Leaving Certificate Examination, 1918
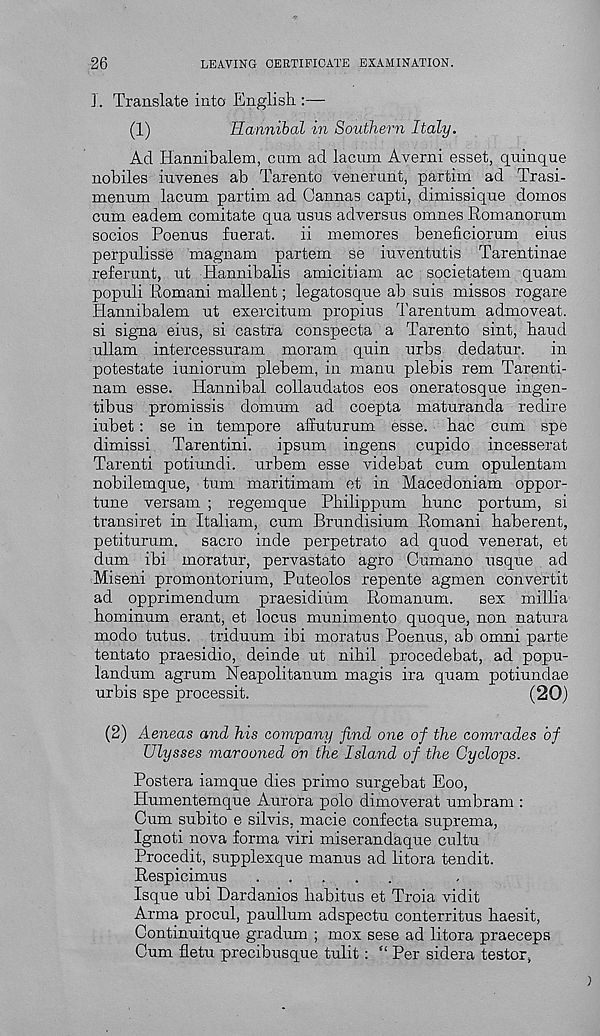
26
LEAVING CERTIFICATE EXAMINATION.
I. Translate into English :—
(1)
Hannibal in Southern Italy.
Ad Hannibalem, cum ad lacum Averni esset, quinque
nobiles invenes ab Tarento venerunt, partim ad Trasi-
mp.nnm lacum partim ad Gannas capti, dimissique domes
enm eadem comitate qua usus adversus omnes Romanorum
socios Poenus fuerat. ii memores beneficiorum eius
perpulisse magnam partem se iuventutis Tarentinae
referunt, ut Hannibalis amicitiam ac societatem quam
populi Romani mallent; legatosque ab suis missos rogare
Hannibalem ut exercitum propius Tarentum admoveat.
si signa eius, si castra conspecta a Tarento sint, hand
ullam intercessuram moram quin urbs dedatur. in
potestate iuniorum plebem, in manu plebis rem Tarenti-
nam esse. Hannibal collaudatos eos oneratosque ingen-
tibus promissis domum ad coepta maturanda redire
iubet: se in tempore affuturum esse, hac cum spe
dimissi Tarentini. ipsum ingens cupido incesserat
Tarenti potiundi. urbem esse videbat cum opulentam
nobilemque, turn maritimam et in Maced oniam oppor-
tune versam ; regemque Philippum hunc portum, si
transiret in Italiam, cum Brundisium Romani haberent,
petiturum. sacro inde perpetrate ad quod venerat, et
dum ibi moratur, pervastato agro Cumano usque ad
Miseni promontorium, Puteolos repente agmen convertit
ad opprimendum praesidium Romanum. sex millia
hominum erant, et locus munimento quoque, non natura
modo tutus, triduum ibi moratus Poenus, ab omni parte
tentato praesidio, deinde ut nihil procedebat, ad popu-
landum agrum Neapolitanum magis ira quam potiundae
urbis spe processit.
(20)
(2) Aeneas and his company find one of the comrades of
Ulysses marooned on the Island of the Cyclops.
Postera iamque dies primo surgebat Eoo,
Humentemque Aurora polo dimoverat umbram :
Cum subito e silvis, macie confecta suprema,
Ignoti nova forma viri miserandaque cultu
Procedit, supplexque manus ad litora tendit.
Respicimus
Isque ubi Dardanios habitus et Troia vidit
Arma procul, paullum adspectu conterritus haesit,
Continuitque gradum ; mox sese ad litora praeceps
Cum fletu precibusque tulit: “ Per sidera tester,